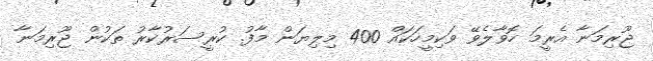
ޖޫރިމަނާ އެރީމަ ހޮވާލެވޭ ވަކިމީހަކައް 400 މިލިޔަން މާފު. ކުރީސަރުކާރު ތަކުން ޖޫރިމަނާ